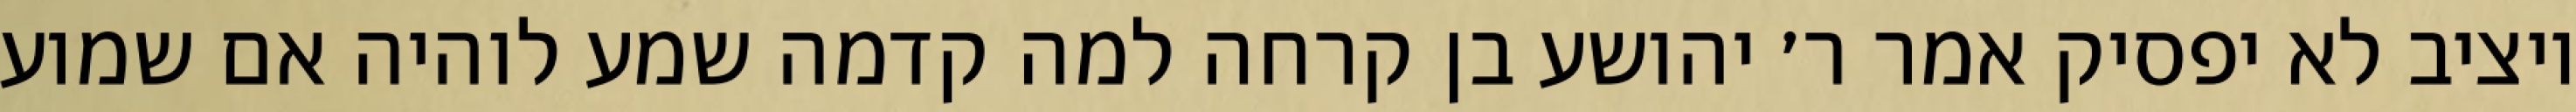
ויציב לא יפסיק אמר ר׳ יהושע בן קרחה למה קדמה שמע לוהיה אם שמוע